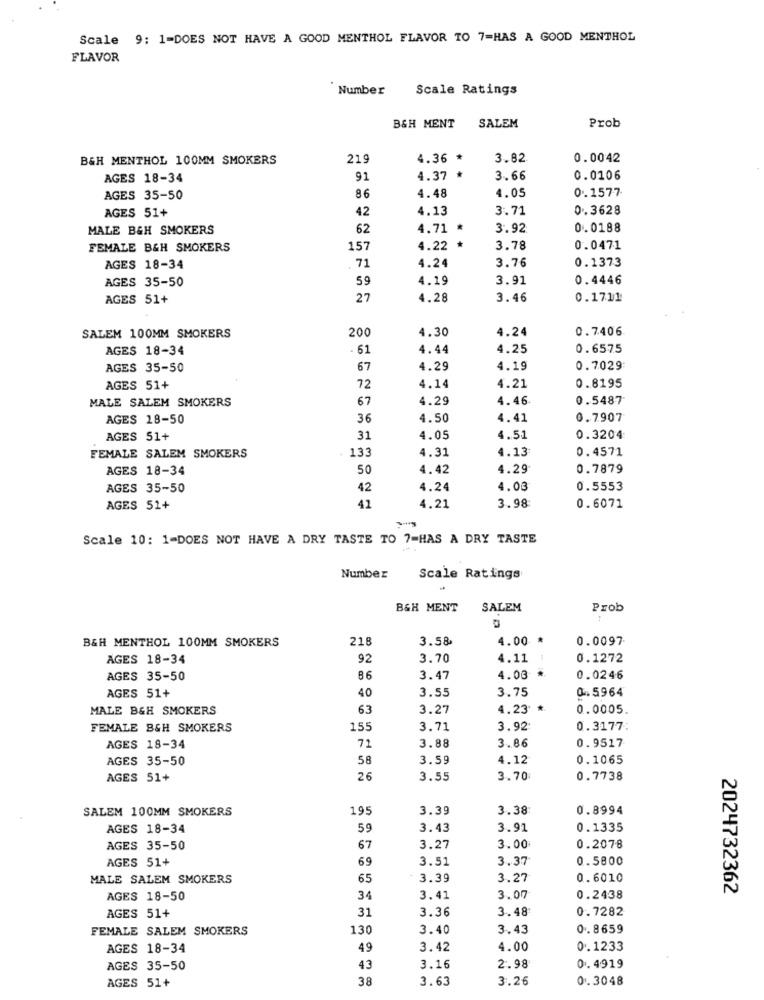
Scale 9: 1-DOES NOT HAVE A GOOD MENTHOL FLAVOR TO 7=HAS A GOOD MENTHOL
FLAVOR
Number
Scale Ratings
Prob
B&H MENT
SALEM
B&H MENTHOL 100MM SMOKERS
219
4.36 *
3.82
0.0042
AGES 18-34
91
4.37 *
3.66
0.0106
86
4.48
4.05
0. 1577
AGES 35-50
AGES 51+
42
4.13
3.71
0.3628
MALE B&H SMOKERS
62
4.71 *
3.92
0.0188
FEMALE B&H SMOKERS
157
4.22 *
3.78
0.0471
71
4.24
0.1373
AGES 18-34
3.76
AGES 35-50
59
4.19
3.91
0.4446
AGES 51+
27
4.28
3.46
0.1711
200
4.30
0.7406
SALEM 100MM SMOKERS
4.24
AGES 18-34
- 61
4.44
4.25
0.6575
AGES 35-50
67
4.29
4.19
0.7029
72
0.8195
AGES 51+
4.14
4.21
MALE SALEM SMOKERS
67
4.29
4.46
0.5487
AGES 18-50
36
4.50
4.41
0.7907
AGES 51+
31
4.05
4.51
0.3204
133
4.31
4.13
0.4571
FEMALE SALEM SMOKERS
AGES 18-34
50
4.42
4.29
0.7879
AGES 35-50
42
4.24
4.03
0.5553
3.98
AGES 51+
41
4.21
0.6071
Scale 10: 1-DOES NOT HAVE A DRY TASTE TO 7=HAS A DRY TASTE
Number
Scale Ratings
B&H MENT
SALEM
Prob
B&H MENTHOL 100MM SMOKERS
218
3.58
4.00 *
0.0097
AGES 18-34
92
3.70
4.11
0.1272
AGES 35-50
86
3.47
4.03 *
0.0246
AGES 51+
40
3.55
3.75
0.5964
MALE B&H SMOKERS
63
3.27
4.23* *
0.0005.
FEMALE B&H SMOKERS
155
3.71
3.92
0.3177:
72
3.88
3.86
0.9517
AGES 18-34
AGES 35-50
58
3.59
4.12
0.1065
AGES 51+
26
3.55
3.70
0.7738
SALEM 100MM SMOKERS
195
3.39
3.38
0.8994
AGES 18-34
59
3.43
3.91
0.1335
AGES 35-50
67
3.27
3.00
0.2078
AGES 51+
69
3.51
3.37
0.5800
MALE SALEM SMOKERS
65
3.39
3.27
0.6010
2024732362
AGES 18-50
34
3.41
3.07
0.2438
31
3.36
3.48
0.7282
AGES 51+
FEMALE SALEM SMOKERS
130
3.40
3.43
0.8659
AGES 18-34
49
3.42
4.00
0.1233
AGES 35-50
43
3.16
2.98
0.4919
38
3.63
3.26
0.3048
AGES 51+